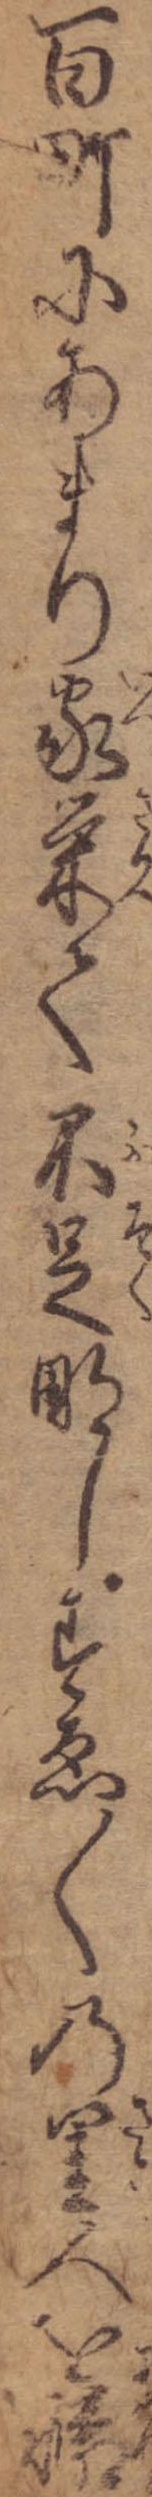
百町にあまり家栄て不足なしすゑ〱の里人を憐